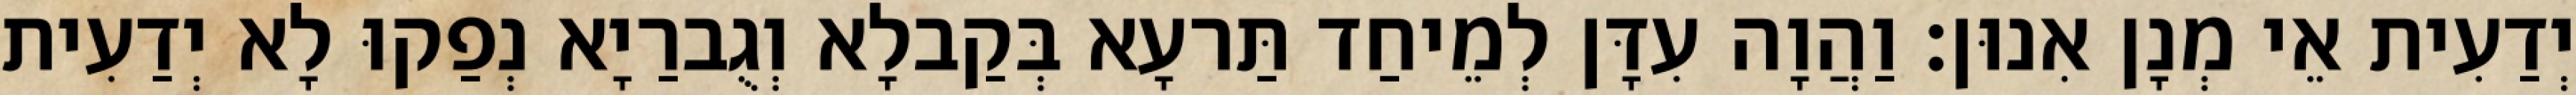
יְדַעִית אֵי מְנָן אִנוּן׃ וַהֲוָה עִדָּן לְמֵיחַד תַּרעָא בְּקַבלָא וְגֻברַיָא נְפַקוּ לָא יְדַעִית